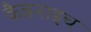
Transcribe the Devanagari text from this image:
कैन्ननाइच